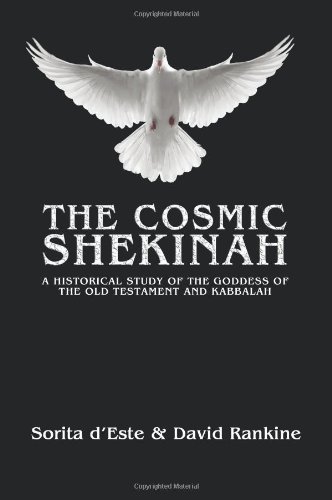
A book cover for The Cosmic Shekinah; Sorita D'Este; Religion & Spirituality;